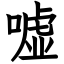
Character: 嘘